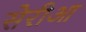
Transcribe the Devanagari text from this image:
सेरीआ